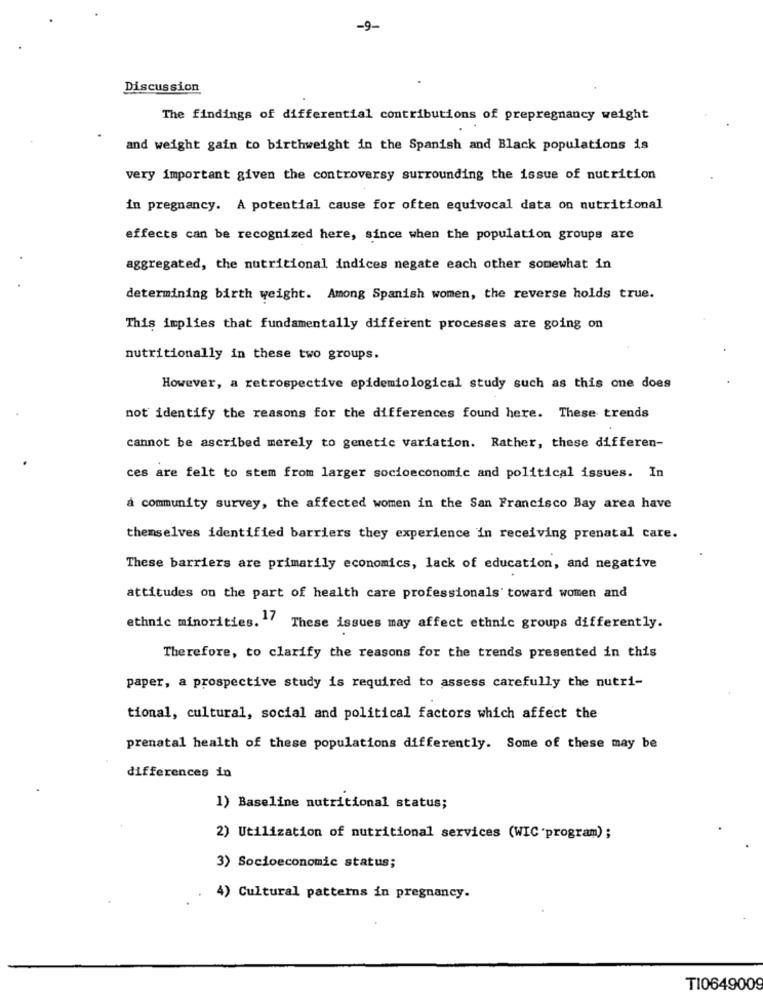
-9-
Discussion
The findings of differential contributions of prepregnancy weight
and weight gain to birthweight in the Spanish and Black populations is
very important given the controversy surrounding the issue of nutrition
in pregnancy. A potential cause for often equivocal data on nutritional
effects can be recognized here, since when the population groups are
aggregated, the nutritional indices negate each other somewhat in
determining birth weight. Among Spanish women, the reverse holds true.
This implies that fundamentally different processes are going on
nutritionally in these two groups.
However, a retrospective epidemiological study such as this one does
not identify the reasons for the differences found here. These trends
cannot be ascribed merely to genetic variation. Rather, these differen-
ces are felt to stem from larger socioeconomic and political issues. In
a community survey, the affected women in the San Francisco Bay area have
themselves identified barriers they experience in receiving prenatal care.
These barriers are primarily economics, lack of education, and negative
attitudes on the part of health care professionals' toward women and
ethnic minorities. " These issues may affect ethnic groups differently.
Therefore, to clarify the reasons for the trends presented in this
paper, a prospective study is required to assess carefully the nutri-
tional, cultural, social and political factors which affect the
prenatal health of these populations differently. Some of these may be
differences in
1) Baseline nutritional status;
2) Utilization of nutritional services (WIC program) ;
3) Socioeconomic status;
4) Cultural patterns in pregnancy.
TI0649009